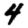
Digit: 4